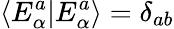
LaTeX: \langle E_{\alpha}^{a}|E_{\alpha}^{a}\rangle=\delta_{ab}